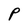
Character: P